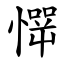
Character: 㦍